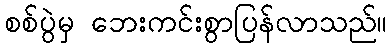
စစ်ပွဲမှ ဘေးကင်းစွာပြန်လာသည်။